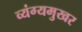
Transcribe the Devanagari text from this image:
व्यंग्यमुखर